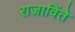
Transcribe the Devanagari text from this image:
राजाविंते